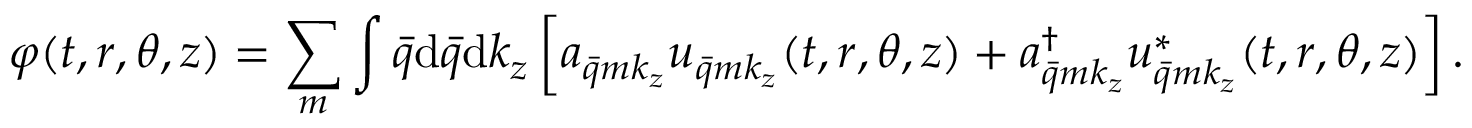
\varphi ( t , r , \theta , z ) = \sum _ { m } \int \bar { q } \mathrm { d } \bar { q } \mathrm { d } k _ { z } \left[ a _ { \bar { q } m k _ { z } } u _ { \bar { q } m k _ { z } } ( t , r , \theta , z ) + a _ { \bar { q } m k _ { z } } ^ { \dag } u _ { \bar { q } m k _ { z } } ^ { * } ( t , r , \theta , z ) \right] .